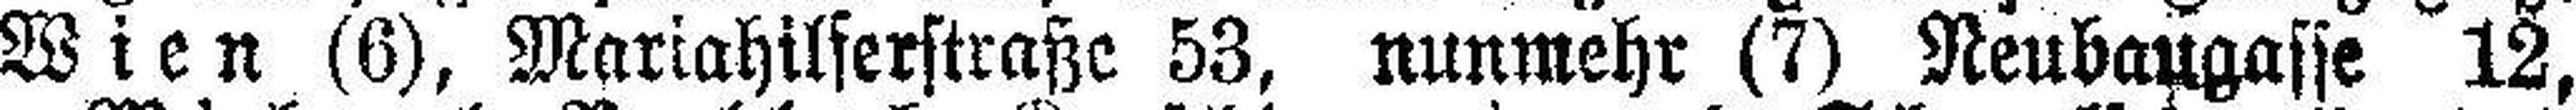
Wien (6), Mariahilferstraße 53, nunmehr (7) Neubaugasse 12,